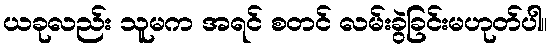
ယခုလည်း သူမက အရင် စတင် လမ်းခွဲခြင်းမဟုတ်ပါ။